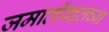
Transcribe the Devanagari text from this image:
जमातींबद्दलच्या